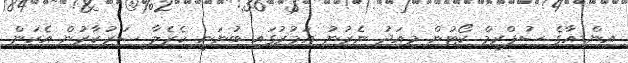
އިންޑިއާގެ ސުޕްރީމް ކޯޓުން މިއަދު ނެރުނު އަމުރުގައި ބުނަނީ ކެރެލާ ސަރުކާރުން އެކަން